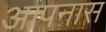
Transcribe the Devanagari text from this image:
आपनास